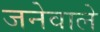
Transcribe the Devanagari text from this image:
जनेवाले